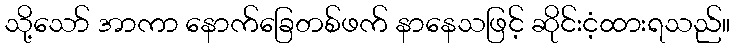
သို့သော် အာကာ နောက်ခြေတစ်ဖက် နာနေသဖြင့် ဆိုင်းငံ့ထားရသည်။